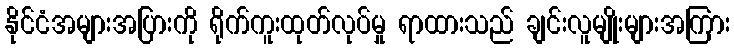
နိုင်ငံအများအပြားကို ရိုက်ကူးထုတ်လုပ်မှု ရာထားသည် ချင်းလူမျိုးများအကြား